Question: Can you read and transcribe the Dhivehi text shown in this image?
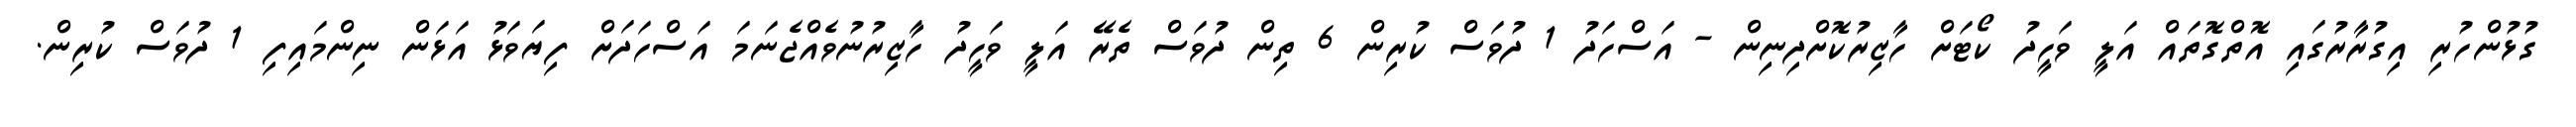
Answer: ގުޅުންހުރި އިގުރާރުގައި އޮތްގޮތައް އަލީ ވަހީދު ކޯޓަށް ހާޒިރުކޮށްދިނިން - އަސްހަދު 1 ދުވަސް ކުރިން 6 ތިން ދުވަސް ތެރޭ އަލީ ވަހީދު ހާޒިރުނުވެއްޖެނަމަ އަސްހަދަށް ފިޔަވަޅު އަޅަން ނިންމައިފި 1 ދުވަސް ކުރިން.